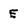
Character: E